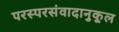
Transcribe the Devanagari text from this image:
परस्परसंवादानुकूल